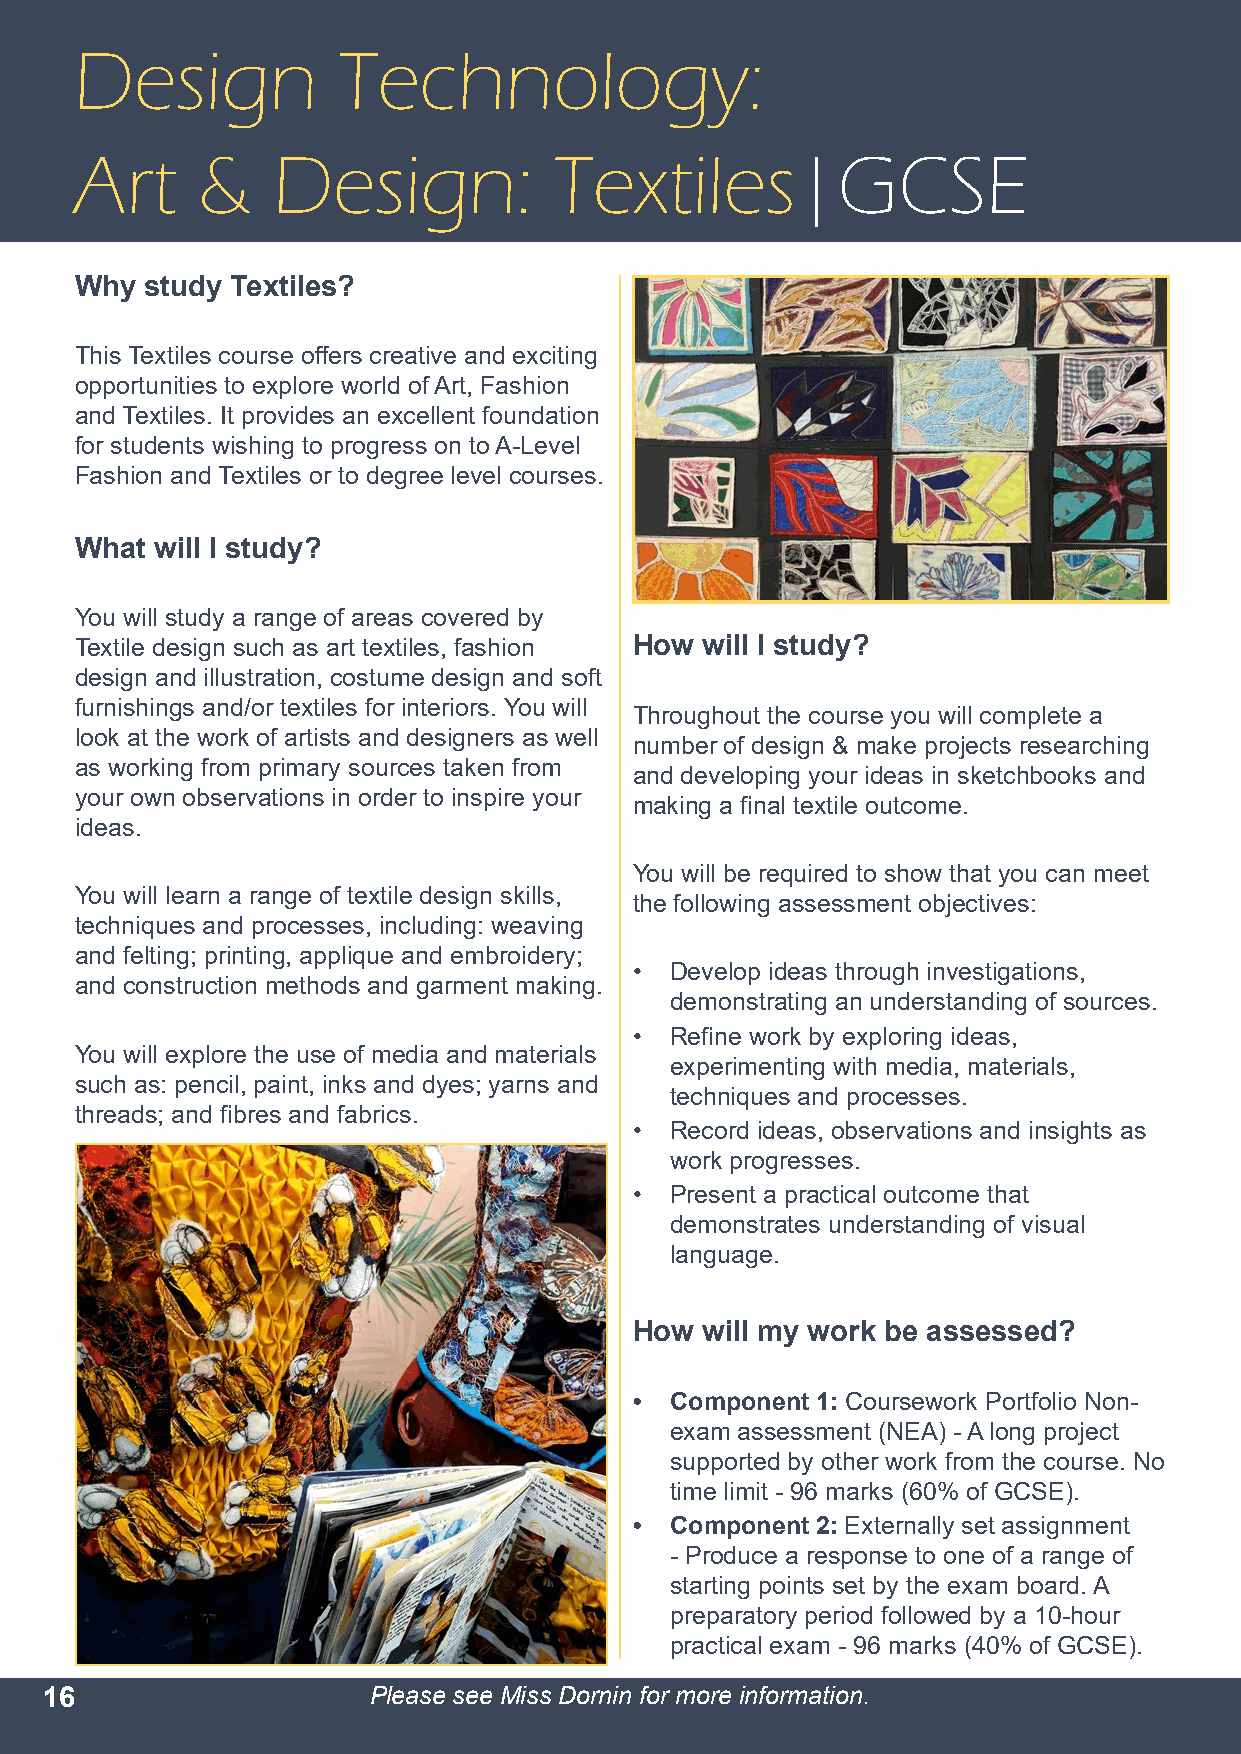
Design           Technology:
 Art     &    Design:            Textiles|GCSE
 Why  study Textiles?
 This Textiles course offers creative and exciting
 opportunities to explore world of Art, Fashion
 and Textiles. It provides an excellent foundation
 for students wishing to progress on to A-Level
 Fashion and Textiles or to degree level courses.
 What will I study?
 You will study a range of areas covered by
 Textile design such as art textiles, fashion How will I study?
 design and illustration, costume design and soft
 furnishings and/or textiles for interiors. You will
 Throughout the course you will complete a
 look at the work of artists and designers as well
 number of design & make projects researching
 as working from primary sources taken from
 and developing your ideas in sketchbooks and
 your own observations in order to inspire your
 making a final textile outcome.
 ideas.
 You will be required to show that you can meet
 You will learn a range of textile design skills,
 the following assessment objectives:
 techniques and processes, including: weaving
 and felting; printing, applique and embroidery;
 • Develop ideas through investigations,
 and construction methods and garment making.
 demonstrating an understanding of sources.
 • Refine work by exploring ideas,
 You will explore the use of media and materials
 experimenting with media, materials,
 such as: pencil, paint, inks and dyes; yarns and
 techniques and processes.
 threads; and fibres and fabrics.
 • Record ideas, observations and insights as
 work progresses.
 • Present a practical outcome that
 demonstrates understanding of visual
 language.
 How will my work be assessed?
 • Component 1: Coursework Portfolio Non-
 exam assessment (NEA) - A long project
 supported by other work from the course. No
 time limit - 96 marks (60% of GCSE).
 • Component 2: Externally set assignment
 - Produce a response to one of a range of
 starting points set by the exam board. A
 preparatory period followed by a 10-hour
 practical exam - 96 marks (40% of GCSE).
 16                   Please see Miss Dornin for more information.